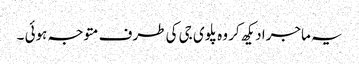
یہ ماجرا دیکھ کر وہ پلوی جی کی طرف متوجہ ہوئی ۔